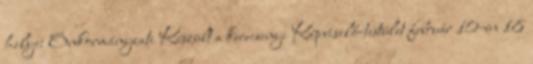
helye: Önkormányzati Készült a kerecsenyi Képviselő-testület február 10-én 18